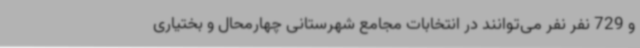
و 729 نفر نفر می‌توانند در انتخابات مجامع شهرستانی چهارمحال و بختیاری